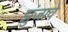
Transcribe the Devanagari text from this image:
झुंजावे